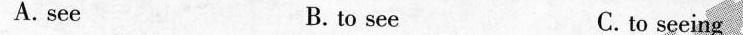
A. see B. to see C.to seeing